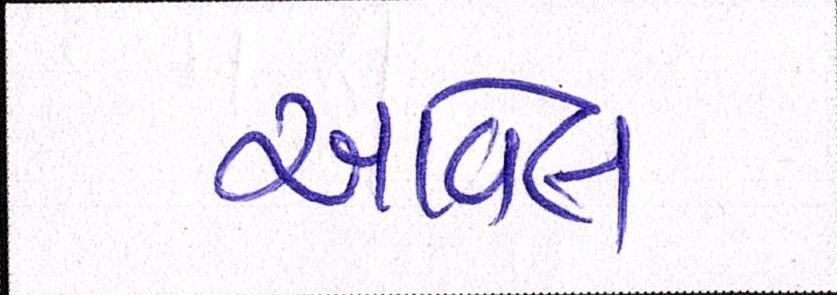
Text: આવેલ